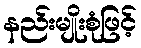
နည်းမျိုးစုံဖြင့်